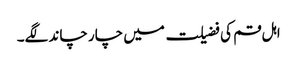
اہل قم کی فضیلت میں چار چاند لگے۔